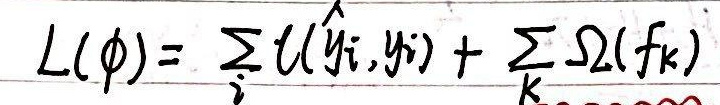
\[ L(\phi) = \sum_{i} l(\hat{y}_i, y_i) + \sum_{k} \Omega(f_k) \]